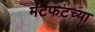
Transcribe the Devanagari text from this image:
मंटफटच्या